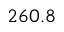
2 6 0 . 8